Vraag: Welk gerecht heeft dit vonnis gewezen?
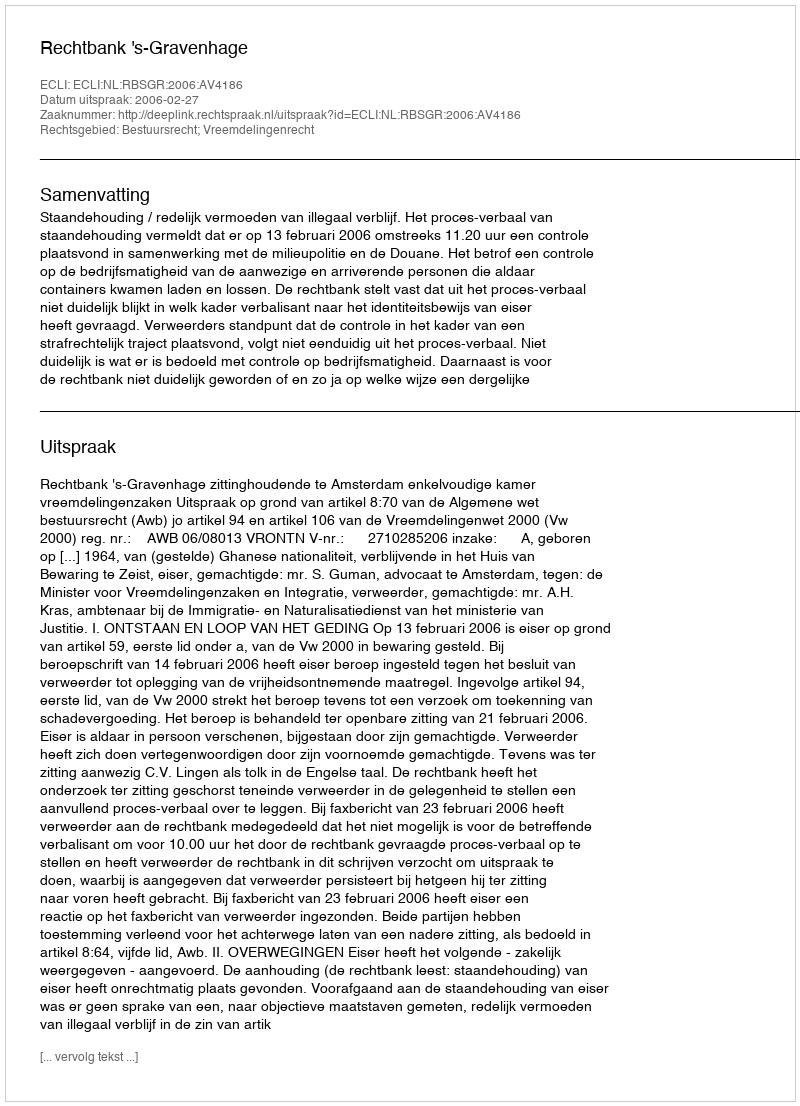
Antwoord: Rechtbank 's-Gravenhage